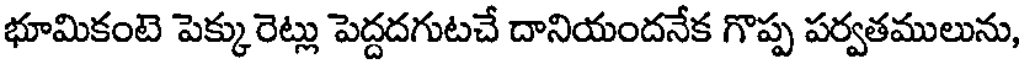
భూమికంటె పెక్కురెట్లు పెద్దదగుటచే దానియందనేక గొప్ప పర్వతములును,